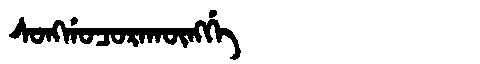
Manchu: ᠰᠣᠩᡤᠣᠴᠣᡵᠠᡴᡡᠩᡤᡝ
Romanization: SONGGOCORAKŪNGGE